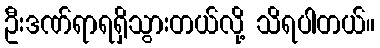
ဦးဒဏ်ရာရရှိသွားတယ်လို့ သိရပါတယ်။